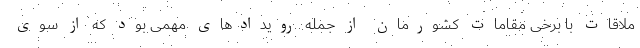
ملاقات با برخی مقامات کشورمان از جمله رویدادهای مهمی بود که از سوی